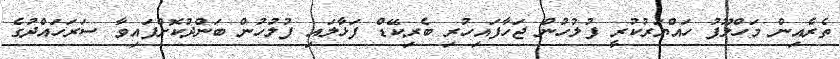
ތެރެއިން މަހްލޫފު ހައްޔަރުކުރީ ފުލުހުން ޖަހާފައިހުރި ބެރިކޭޑް ފަޅާލައި ފުލުހުން ބަންދުކޮށްފައިވާ ސަރަހައްދުގެ